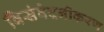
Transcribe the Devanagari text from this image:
विसंवेदनीकरण